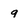
Character: 9